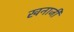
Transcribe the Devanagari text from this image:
खनाजी